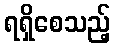
ရရှိစေသည့်